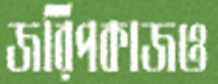
জরিপকাজও